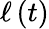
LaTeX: {\displaystyle\ell\left(t\right)}